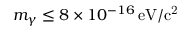
m _ { \gamma } \leq 8 \times 1 0 ^ { - 1 6 } \, \mathrm { e V / c ^ { 2 } }